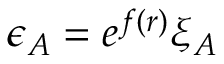
\epsilon _ { A } = e ^ { f ( r ) } \xi _ { A }